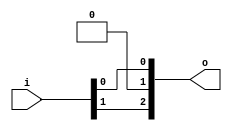
module bsg_unconcentrate_static_5
(
  i,
  o
);

  input [1:0] i;
  output [2:0] o;
  wire [2:0] o;
  wire o_2_,o_0_;
  assign o[1] = 1'b0;
  assign o_2_ = i[1];
  assign o[2] = o_2_;
  assign o_0_ = i[0];
  assign o[0] = o_0_;

endmodule